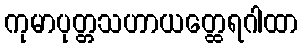
ကုမာပုတ္တသဟာယတ္ထေရဂါထာ